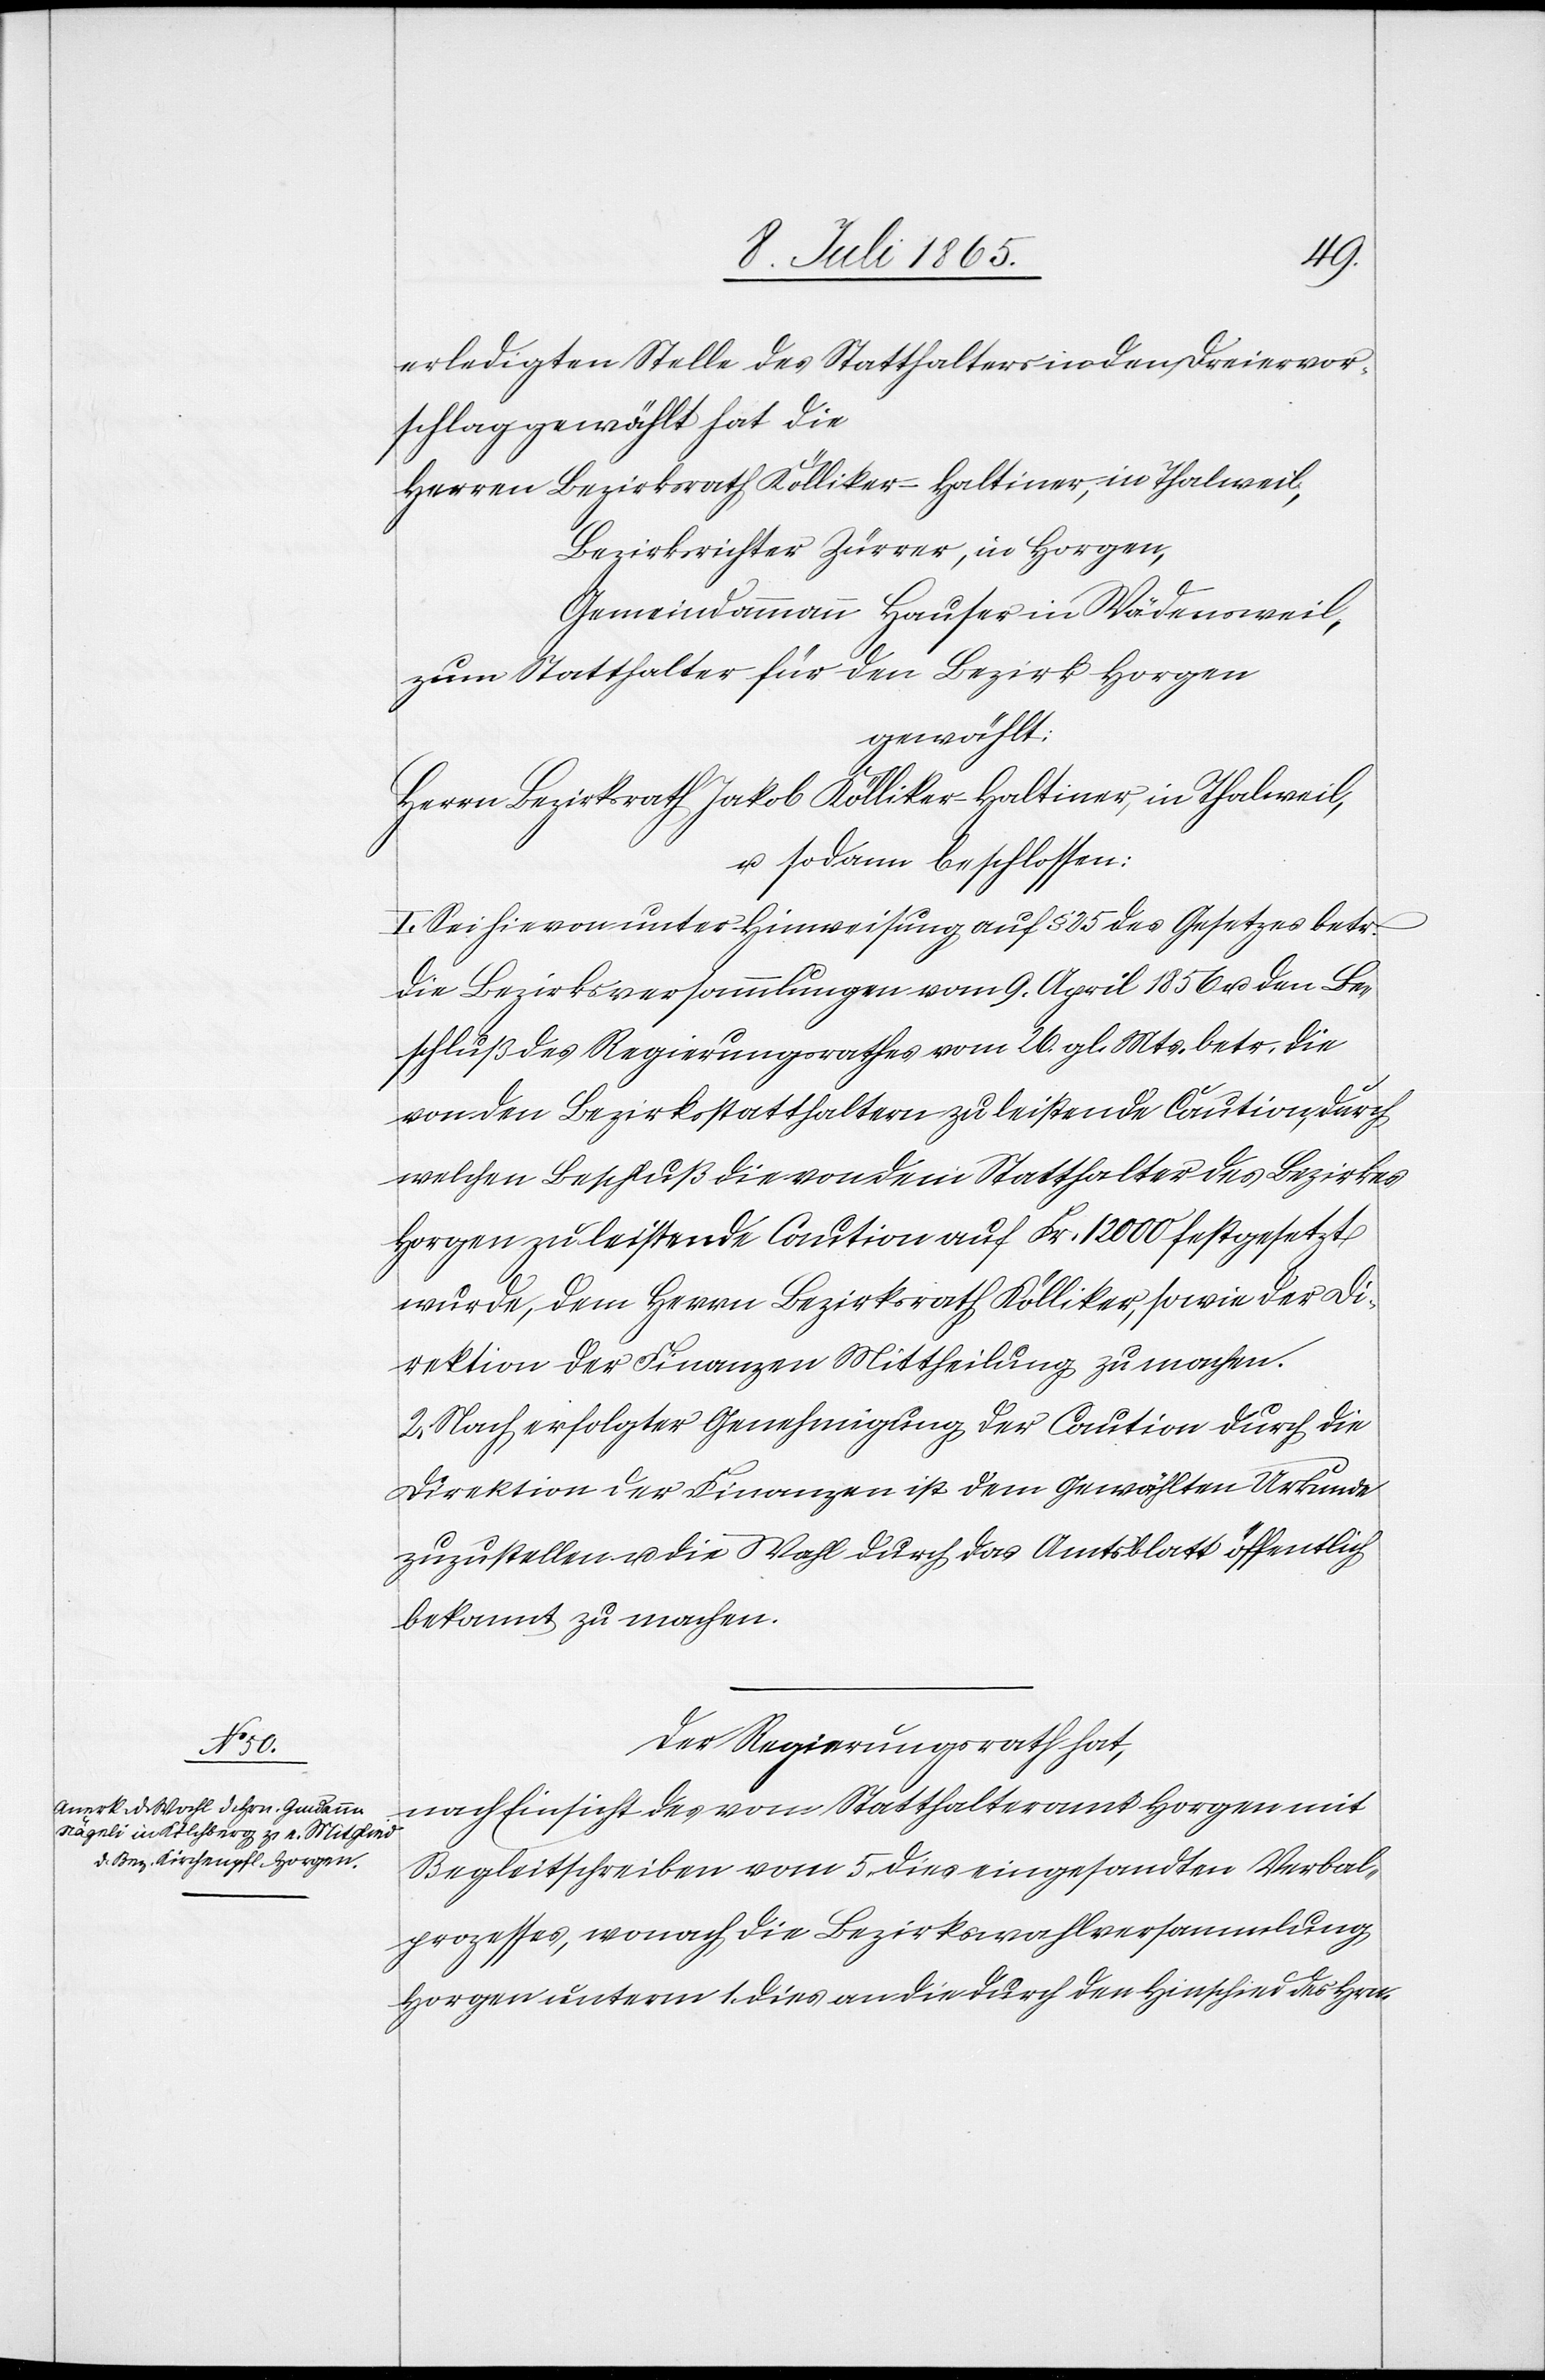
erledigten Stelle des Statthalters in den Dreiervor¬
schlag gewählt hat die
Herren Bezirksrath Kölliker-Haltiner, in Thalweil,
Bezirksrichter Zürrer, in Horgen,
Gemeindammann Hauser in Wädensweil,
zum Statthalter für den Bezirk Horgen
gewählt:
Herrn Bezirksrath Jakob Kölliker-Haltiner, in Thalweil,
& sodann beschlossen:
I. Sei hievon unter Hinweisung auf § 25 des Gesetzes betr.
die Bezirksversammlungen vom 9. April 1856 u. den Be¬
schluß des Regierungsrathes vom 26. gl. Mts., betr. die
von den Bezirksstatthaltern zu leistende Caution, durch
welchen Beschluß die von dem Statthalter des Bezirkes
Horgen zu leistende Caution auf Fr. 12 000 festgesetzt
wurde, dem Herrn Bezirksrath Kölliker, sowie der Di¬
rektion der Finanzen Mittheilung zu machen.
2. Nach erfolgter Genehmigung der Caution durch die
Direktion der Finanzen ist dem Gewählten Urkunde
zuzustellen u. die Wahl durch das Amtsblatt öffentlich
bekannt zu machen.
Der Regierungsrath hat,
nach Einsicht des vom Statthalteramt Horgen mit
Begleitschreiben vom 5. dies eingesandten Verbal¬
prozesses, wonach die Bezirkswahlversammlung
Horgen unterm 1. dies an die durch den Hinschied des Hrn.